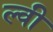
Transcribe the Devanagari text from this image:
ल्वी